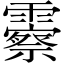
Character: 𬰓